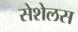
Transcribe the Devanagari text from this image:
सेशेलस